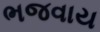
ભજવાય